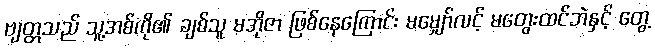
ဗျတ္တသည် သူ့အစ်ကို၏ ချစ်သူ မအိုဇာ ဖြစ်နေကြောင်း မမျှော်လင့် မတွေးထင်ဘဲနှင့် တွေ့